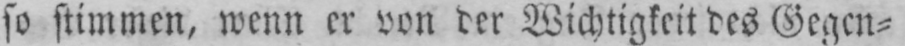
so stimmen, wenn er von der Wichtigkeit des Gegen⸗